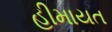
હીમાયત